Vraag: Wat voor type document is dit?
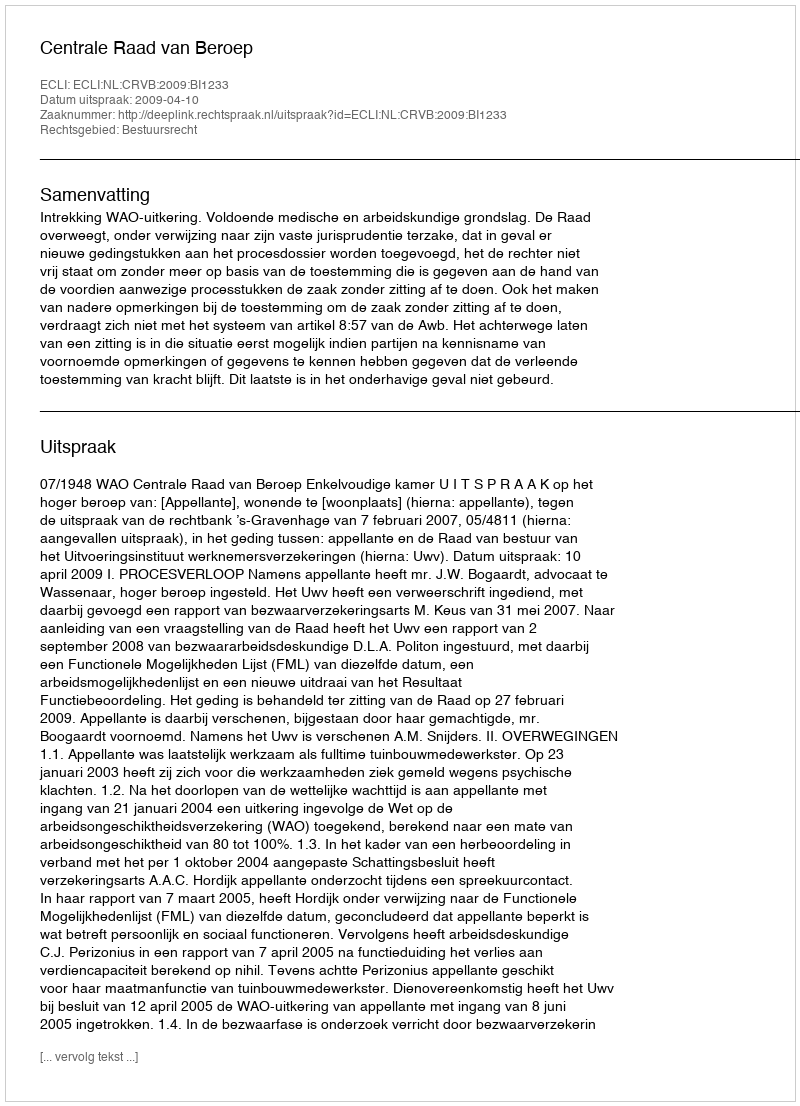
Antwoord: Uitspraak